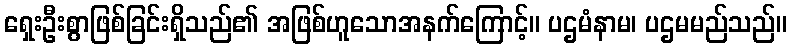
ရှေးဦးစွာဖြစ်ခြင်းရှိသည်၏ အဖြစ်ဟူသောအနက်ကြောင့်။ ပဌမံနာမ၊ ပဌမမည်သည်။